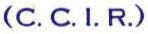
(C. C. I. R.)